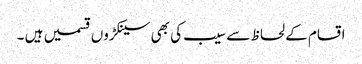
اقسام کے لحاظ سے سیب کی بھی سینکڑوں قسمیں ہیں ۔